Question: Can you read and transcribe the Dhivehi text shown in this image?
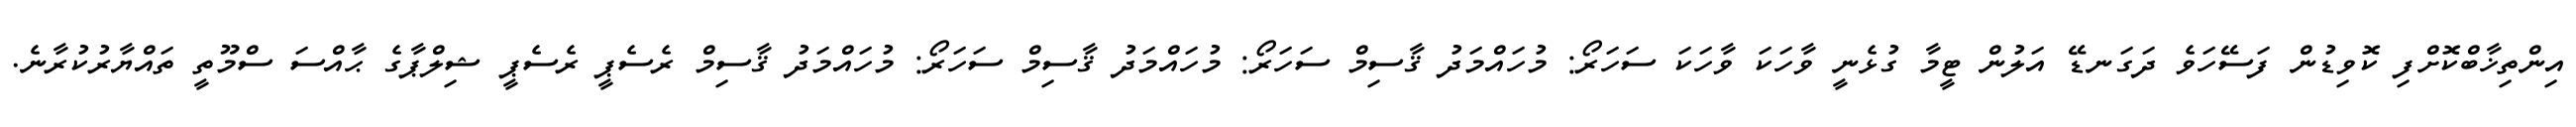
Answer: އިންތިޚާބްކޮށްފި ކޮވިޑުން ފަސޭހަވެ ދަގަނޑޭ އަލުން ޓީމާ ގުޅެނީ ވާހަކަ ވާހަކަ ސަހަރޯ: މުހައްމަދު ޤާސިމް ސަހަރޯ: މުހައްމަދު ޤާސިމް ސަހަރޯ: މުހައްމަދު ޤާސިމް ރެސެޕީ ރެސެޕީ ޝިލްޕާގެ ޙާއްސަ ސްމޫތީ ތައްޔާރުކުރާނެ.